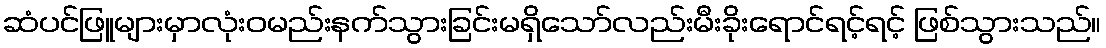
ဆံပင်ဖြူများမှာလုံးဝမည်းနက်သွားခြင်းမရှိသော်လည်းမီးခိုးရောင်ရင့်ရင့် ဖြစ်သွားသည်။